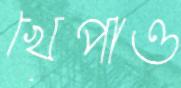
খেপাও